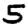
Digit: 5